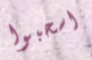
اسحبوا